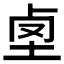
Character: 𡋪